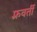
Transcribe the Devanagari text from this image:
फ़्रवर्ती